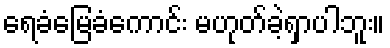
ရေခံမြေခံကောင်း မဟုတ်ခဲ့ရှာပါဘူး။